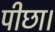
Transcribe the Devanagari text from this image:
पीछा।